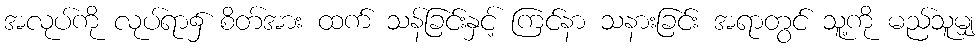
အလုပ်ကို လုပ်ရာ၌ စိတ်အား ထက် သန်ခြင်းနှင့် ကြင်နာ သနားခြင်း အရာတွင် သူ့ကို မည်သူမျှ